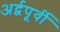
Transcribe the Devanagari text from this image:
अर्द्वपूर्वी